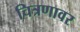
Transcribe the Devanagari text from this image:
चित्रणावर